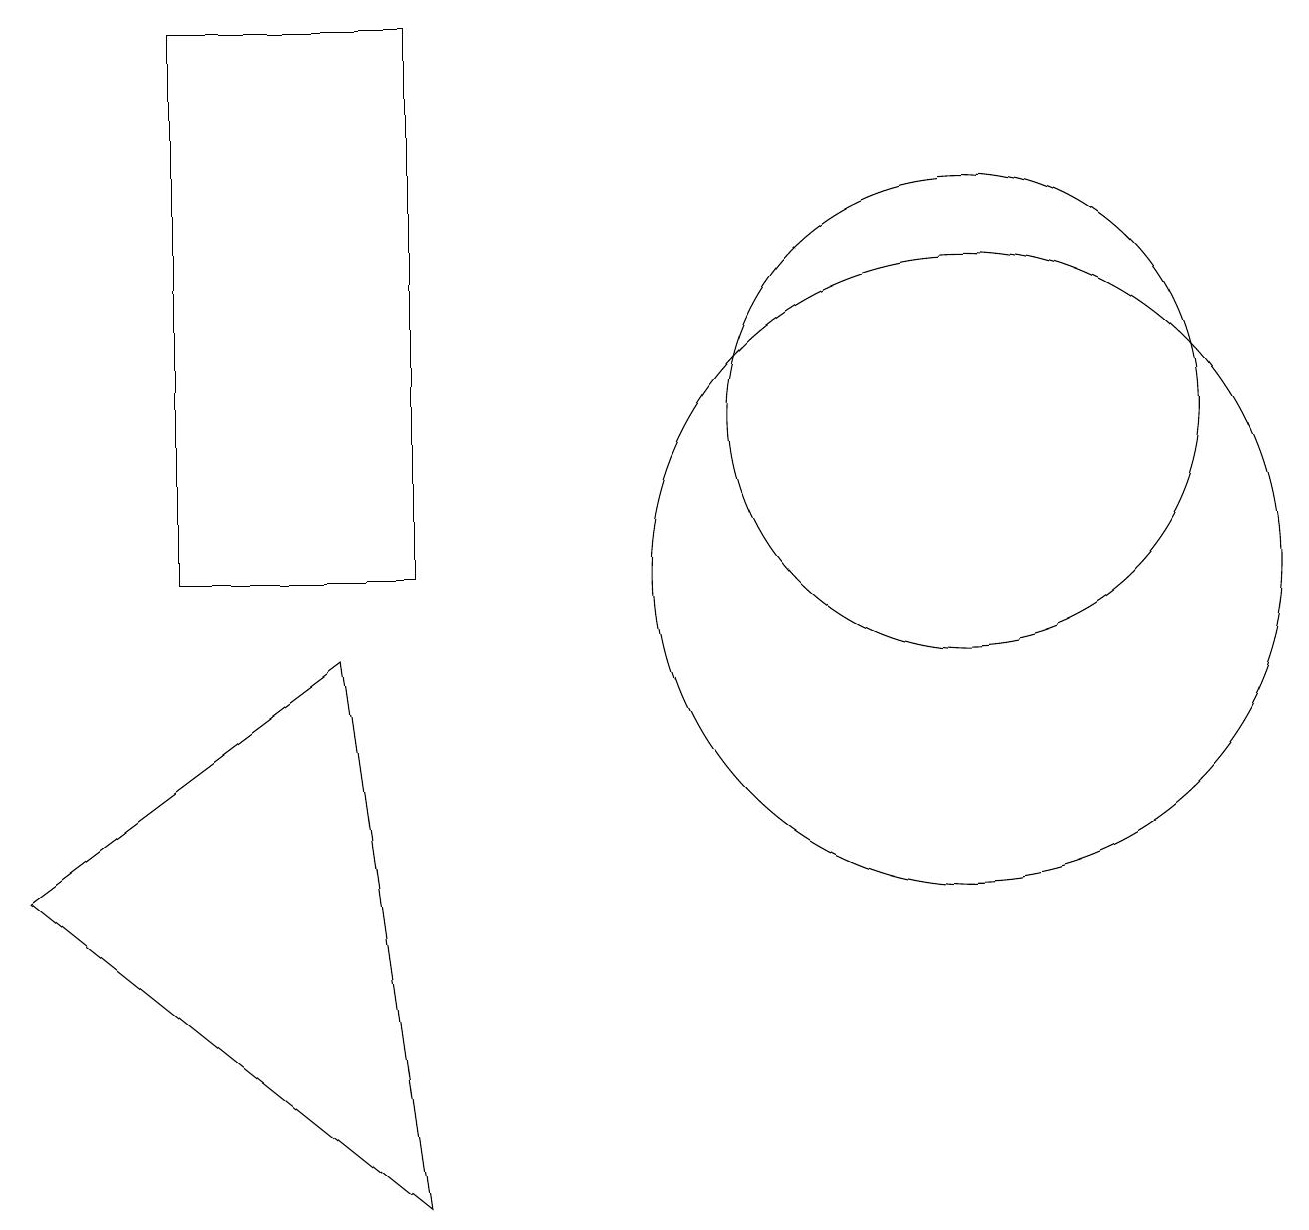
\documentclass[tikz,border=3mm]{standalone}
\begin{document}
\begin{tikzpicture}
\draw (12,10) circle (4);
\draw (4,9) -- (0,6) -- (5,2) -- cycle;
\draw (5,10) rectangle (2,17);
\draw (12,12) circle (3);
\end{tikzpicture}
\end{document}